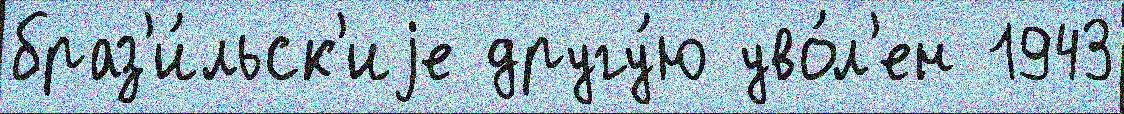
браз'и́льск'иjе другу́ю уво́л'ен 1943